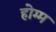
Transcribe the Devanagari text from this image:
होम्म